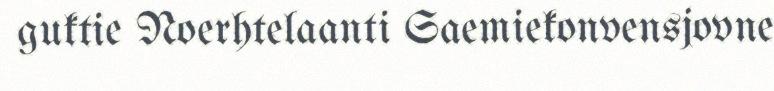
guktie Noerhtelaanti Saemiekonvensjovne